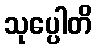
သုပ္ပေါတိ